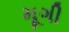
મૂગી